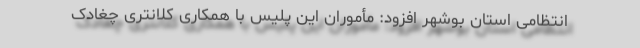
انتظامی استان بوشهر افزود: مأموران این پلیس با همکاری کلانتری چغادک